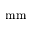
\mathrm { m m }